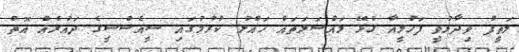
ލަތީފު ވިދާޅުވީ ފަހުމީއާ ގުޅޭ މައްސަލަތައް ހައްލު ކުރުމުގައި ސީއެސްސީގެ ދައުރެއް އޮތް